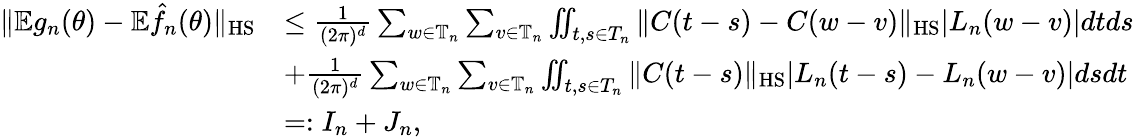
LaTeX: \begin{array}{rl}{\| \mathbb Eg_{n}(\theta)-\mathbb E\hat{f}_{n}(\theta)\| _{\mathrm{HS}}}&{\le\frac{1}{(2\pi)^{d}}\sum_{w\in\mathbb{T}_{n}}\sum_{v\in\mathbb{T}_{n}}\iint_{t,s\in T_{n}}\| C(t-s)-C(w-v)\| _{\mathrm{HS}}|L_{n}(w-v)|dtds}\\ &{+\frac{1}{(2\pi)^{d}}\sum_{w\in\mathbb{T}_{n}}\sum_{v\in\mathbb{T}_{n}}\iint_{t,s\in T_{n}}\| C(t-s)\| _{\mathrm{HS}}|L_{n}(t-s)-L_{n}(w-v)|dsdt}\\ &{=:I_{n}+J_{n},}\end{array}